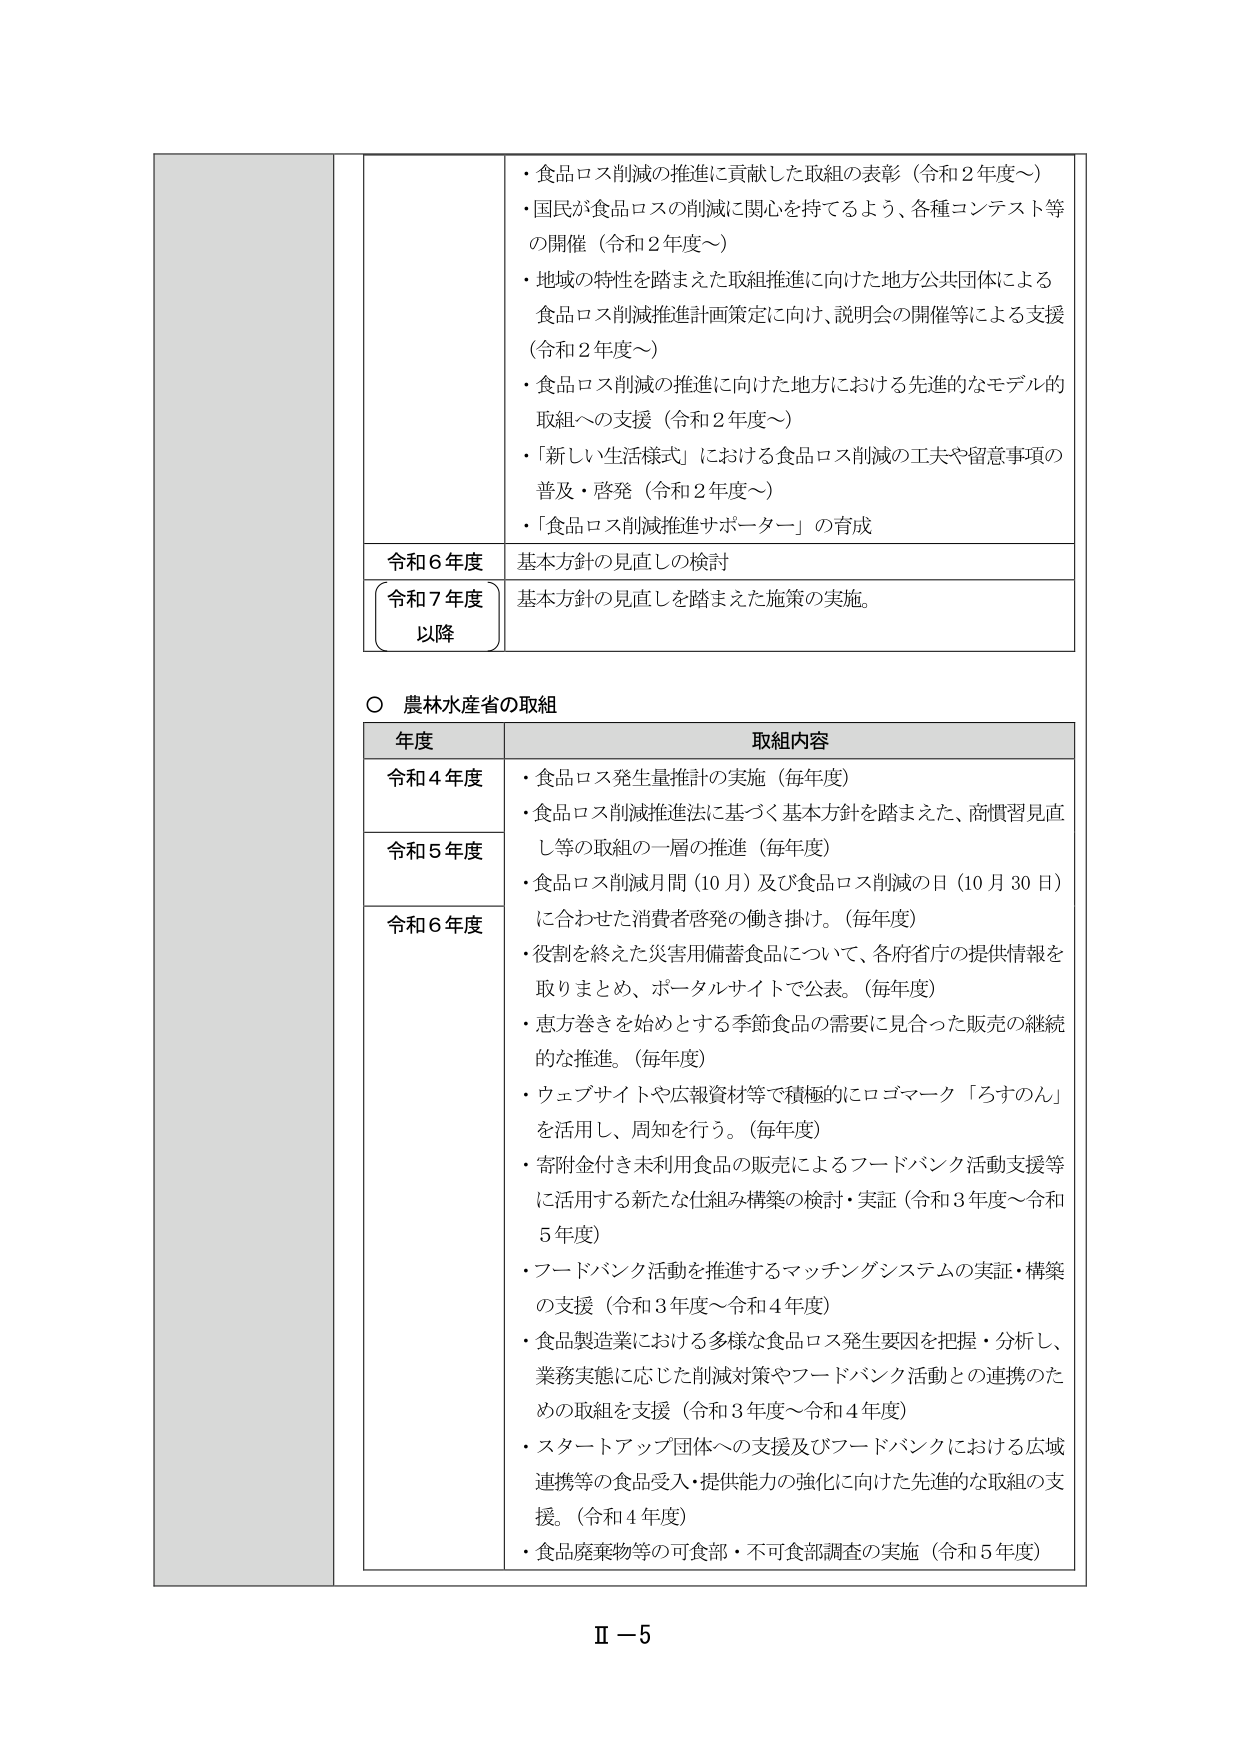
・食品ロス削減の推進に貢献した取組の表彰（令和２年度～）
・国民が食品ロスの削減に関心を持てるよう、各種コンテスト等の開催（令和２年度～）
・地域の特性を踏まえた取組推進に向けた地方公共団体による食品ロス削減推進計画策定に向け、説明会の開催等による支援（令和２年度～）
・食品ロス削減の推進に向けた地方における先進的なモデル的取組への支援（令和２年度～）
・「新しい生活様式」における食品ロス削減の工夫や留意事項の普及・啓発（令和２年度～）
・「食品ロス削減推進サポーター」の育成

令和６年度　基本方針の見直しの検討
令和７年度以降　基本方針の見直しを踏まえた施策の実施。

○ 農林水産省の取組

年度　　　　　　　　　　　　　取組内容
令和４年度　・食品ロス発生量推計の実施（毎年度）
　　　　　　・食品ロス削減推進法に基づく基本方針を踏まえた、商慣習見直し等の取組の一層の推進（毎年度）
令和５年度　・食品ロス削減月間（10月）及び食品ロス削減の日（10月30日）に合わせた消費者啓発の働き掛け。（毎年度）
令和６年度　・役割を終えた災害用備蓄食品について、各府省庁の提供情報を取りまとめ、ポータルサイトで公表。（毎年度）
　　　　　　・恵方巻きを始めとする季節食品の需要に見合った販売の継続的な推進。（毎年度）
　　　　　　・ウェブサイトや広報資料等で積極的にロゴマーク「ろすのん」を活用し、周知を行う。（毎年度）
　　　　　　・寄附金付き未利用食品の販売によるフードバンク活動支援等に活用する新たな仕組み構築の検討・実証（令和３年度～令和５年度）
　　　　　　・フードバンク活動を推進するマッチングシステムの実証・構築の支援（令和３年度～令和４年度）
　　　　　　・食品製造業における多様な食品ロス発生要因を把握・分析し、業務実態に応じた削減対策やフードバンク活動との連携のための取組を支援（令和３年度～令和４年度）
　　　　　　・スタートアップ団体への支援及びフードバンクにおける広域連携等の食品受入・提供能力の強化に向けた先進的な取組の支援。（令和４年度）
　　　　　　・食品廃棄物等の可食部・不可食部調査の実施（令和５年度）

Ⅱ－5